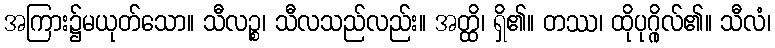
အကြား၌မယုတ်သော။ သီလဉ္စ၊ သီလသည်လည်း။ အတ္ထိ၊ ရှိ၏။ တဿ၊ ထိုပုဂ္ဂိုလ်၏။ သီလံ၊